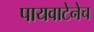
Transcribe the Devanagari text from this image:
पायवाटेनेच